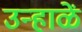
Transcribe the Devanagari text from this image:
उन्हाळें